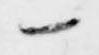
一